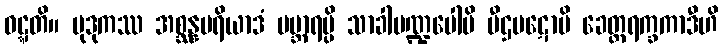
ဝဋ္ဋတိ။ မုဒုကဿ အစ္ဆန္နမရိယာဒံ ပဗ္ဘာရမ္ပိ သာခါမဏ္ဍပေါပိ ပီဌပဋောပိ ခေတ္တရက္ခကာဒီဟိ